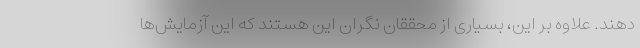
‌دهند. علاوه بر این، بسیاری از محققان نگران این هستند که این آزمایش‌ها